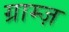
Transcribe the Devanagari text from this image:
ग्राम्ज़